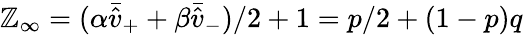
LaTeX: \mathbb{Z}_{\infty}=(\alpha\bar{{\hat{{v}}}}_{+}+\beta\bar{{\hat{{v}}}}_{-})/2+1=p/2+(1-p)q